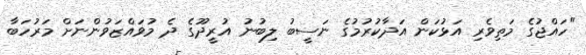
"ހައްޖުގެ މަތިވެރި އަޅުކަން އަދާކުރުމުގެ ނަސީބު ލިބުނު އުރީދޫގެ ދެ މުވައްޒަވުންނަށް މަރުހަބާ